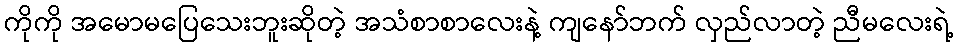
ကိုကို အမောမပြေသေးဘူးဆိုတဲ့ အသံစာစာလေးနဲ့ ကျနော်ဘက် လှည်လာတဲ့ ညီမလေးရဲ့